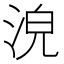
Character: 𣴟